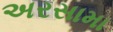
અરસામા